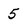
Character: 5